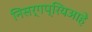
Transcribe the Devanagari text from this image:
निसर्गप्रियआहे